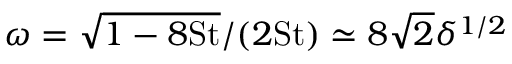
\omega = \sqrt { 1 - 8 \mathrm { S t } } / ( 2 \mathrm { S t } ) \simeq 8 \sqrt { 2 } \delta ^ { 1 / 2 }